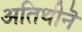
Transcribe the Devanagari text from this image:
अतिथीनॆ